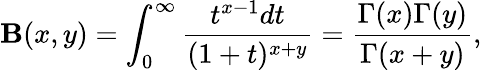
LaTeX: \mathbf{B}(x,y)=\int_{0}^{\infty}\frac{{t^{x-1}dt}}{{(1+t)^{x+y}}}=\frac{{\Gamma(x)\Gamma(y)}}{{\Gamma(x+y)}},